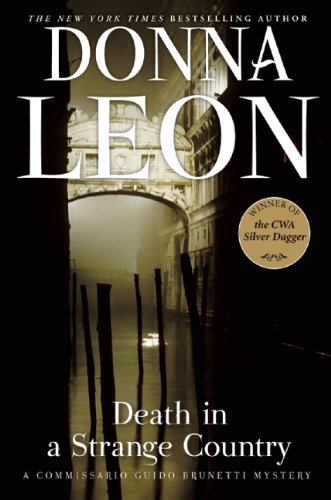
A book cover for Death in a Strange Country: A Commissario Guido Brunetti Mystery; Donna Leon; Mystery, Thriller & Suspense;